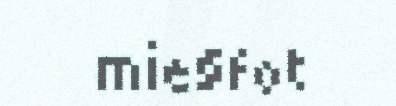
mie§fot